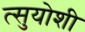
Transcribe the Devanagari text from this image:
त्सुयोशी